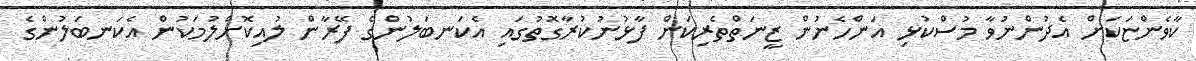
ކާވެންޏަކަށް އެދުންނުވާ މުސްކުޅި އަންހެނުން ޒީނަތްތެރިކަން ފާޅުނުކުރާގޮތުގައި އެކަނބަލުންގެ ފޭރާން ލުއިކޮށްލުމަކުން އެކަނބަލުންގެ